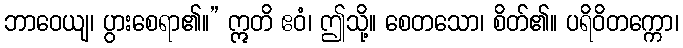
ဘာဝေယျ၊ ပွားစေရာ၏။” ဣတိ ဧဝံ၊ ဤသို့။ စေတသော၊ စိတ်၏။ ပရိဝိတက္ကော၊